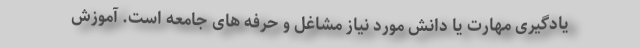
یادگیری مهارت یا دانش مورد نیاز مشاغل و حرفه های جامعه است. آموزش